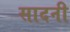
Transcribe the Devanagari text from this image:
सादनी